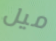
ميل